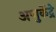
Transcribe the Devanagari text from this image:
अणुकेंद्रे